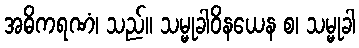
အဓိကရဏံ၊ သည်။ သမ္မုခါဝိနယေန စ၊ သမ္မုခါ